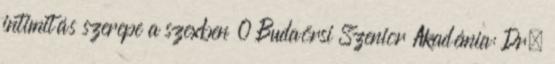
intimitás szerepe a szexben 0 Budaörsi Szenior Akadémia: Dr.